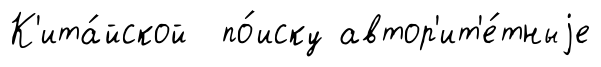
К'ита́йской по́иску автор'ит'е́тныjе